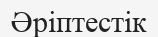
Әріптестік